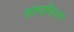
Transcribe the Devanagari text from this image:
शामनिज़्म